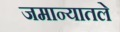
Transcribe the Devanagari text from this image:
जमान्यातले